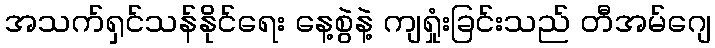
အသက်ရှင်သန်နိုင်ရေး နေ့စွဲနဲ့ ကျရှုံးခြင်းသည် တီအမ်ဂျေ